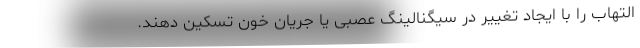
التهاب را با ایجاد تغییر در سیگنالینگ عصبی یا جریان خون تسکین دهند.